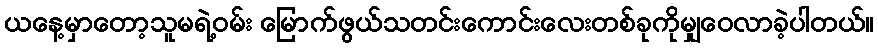
ယနေ့မှာတော့သူမရဲ့ဝမ်း မြောက်ဖွယ်သတင်းကောင်းလေးတစ်ခုကိုမျှဝေလာခဲ့ပါတယ်။